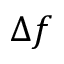
\Delta f